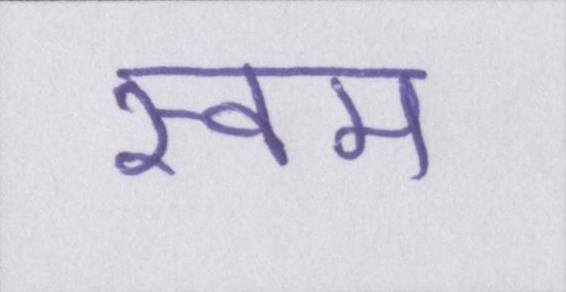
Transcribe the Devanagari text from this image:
स्वम